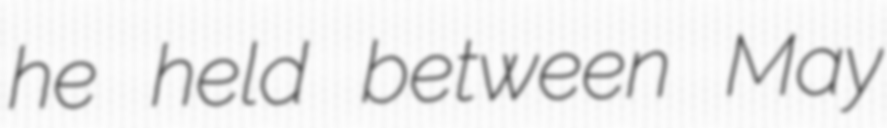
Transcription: he held between May